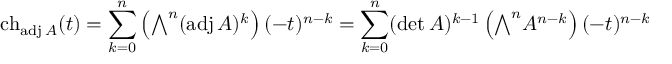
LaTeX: \operatorname { c h } _ { \operatorname { a d j } A } ( t ) = \sum _ { k = 0 } ^ { n } \left( { \textstyle \bigwedge } ^ { n } ( \operatorname { a d j } A ) ^ { k } \right) ( - t ) ^ { n - k } = \sum _ { k = 0 } ^ { n } ( \operatorname* { d e t } A ) ^ { k - 1 } \left( { \textstyle \bigwedge } ^ { n } A ^ { n - k } \right) ( - t ) ^ { n - k }